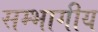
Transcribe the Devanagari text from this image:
सम्भागीय